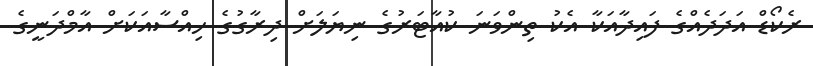
ރެކޯޑް އަދަދެއްގެ ފައިދާއަކާ އެކު ތިންވަނަ ކުއާޓަރުގެ ނިޔަލަށް ދިރާގުގެ ހިއްސާއަކަށް އާމްދަނީގެ